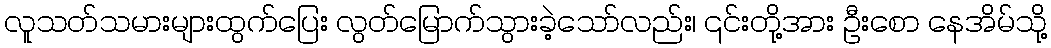
လူသတ်သမားများထွက်ပြေး လွတ်မြောက်သွားခဲ့သော်လည်း၊ ၎င်းတို့အား ဦးစော နေအိမ်သို့